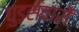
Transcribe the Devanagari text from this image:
घुड़़सवारों